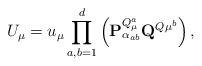
LaTeX: \begin{align*}U_{\mu}=u_{\mu}\prod_{a,b=1}^{d}\left( {\mathbf{P}}_{\alpha_{ab}}^{Q_{\mu}^{a}}{\mathbf{Q}}^{Q{\mu}^{b}}\right),\end{align*}